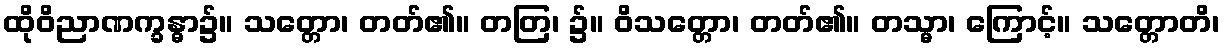
ထိုဝိညာဏက္ခန္ဓာ၌။ သတ္တော၊ တတ်၏။ တတြ၊ ၌။ ဝိသတ္တော၊ တတ်၏။ တသ္မာ၊ ကြောင့်။ သတ္တောတိ၊